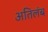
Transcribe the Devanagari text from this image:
अतिलंब